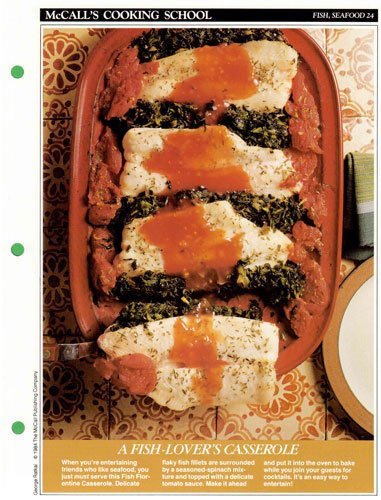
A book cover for McCall's Cooking School Recipe Card: Fish, Seafood 24 - Fish Florentine Casserole (Replacement McCall's Recipage or Recipe Card For 3-Ring Binders); Health, Fitness & Dieting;